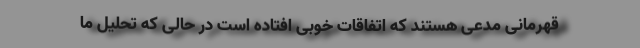
قهرمانی مدعی هستند که اتفاقات خوبی افتاده است در حالی که تحلیل ما